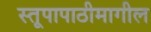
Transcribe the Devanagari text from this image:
स्तूपापाठीमागील